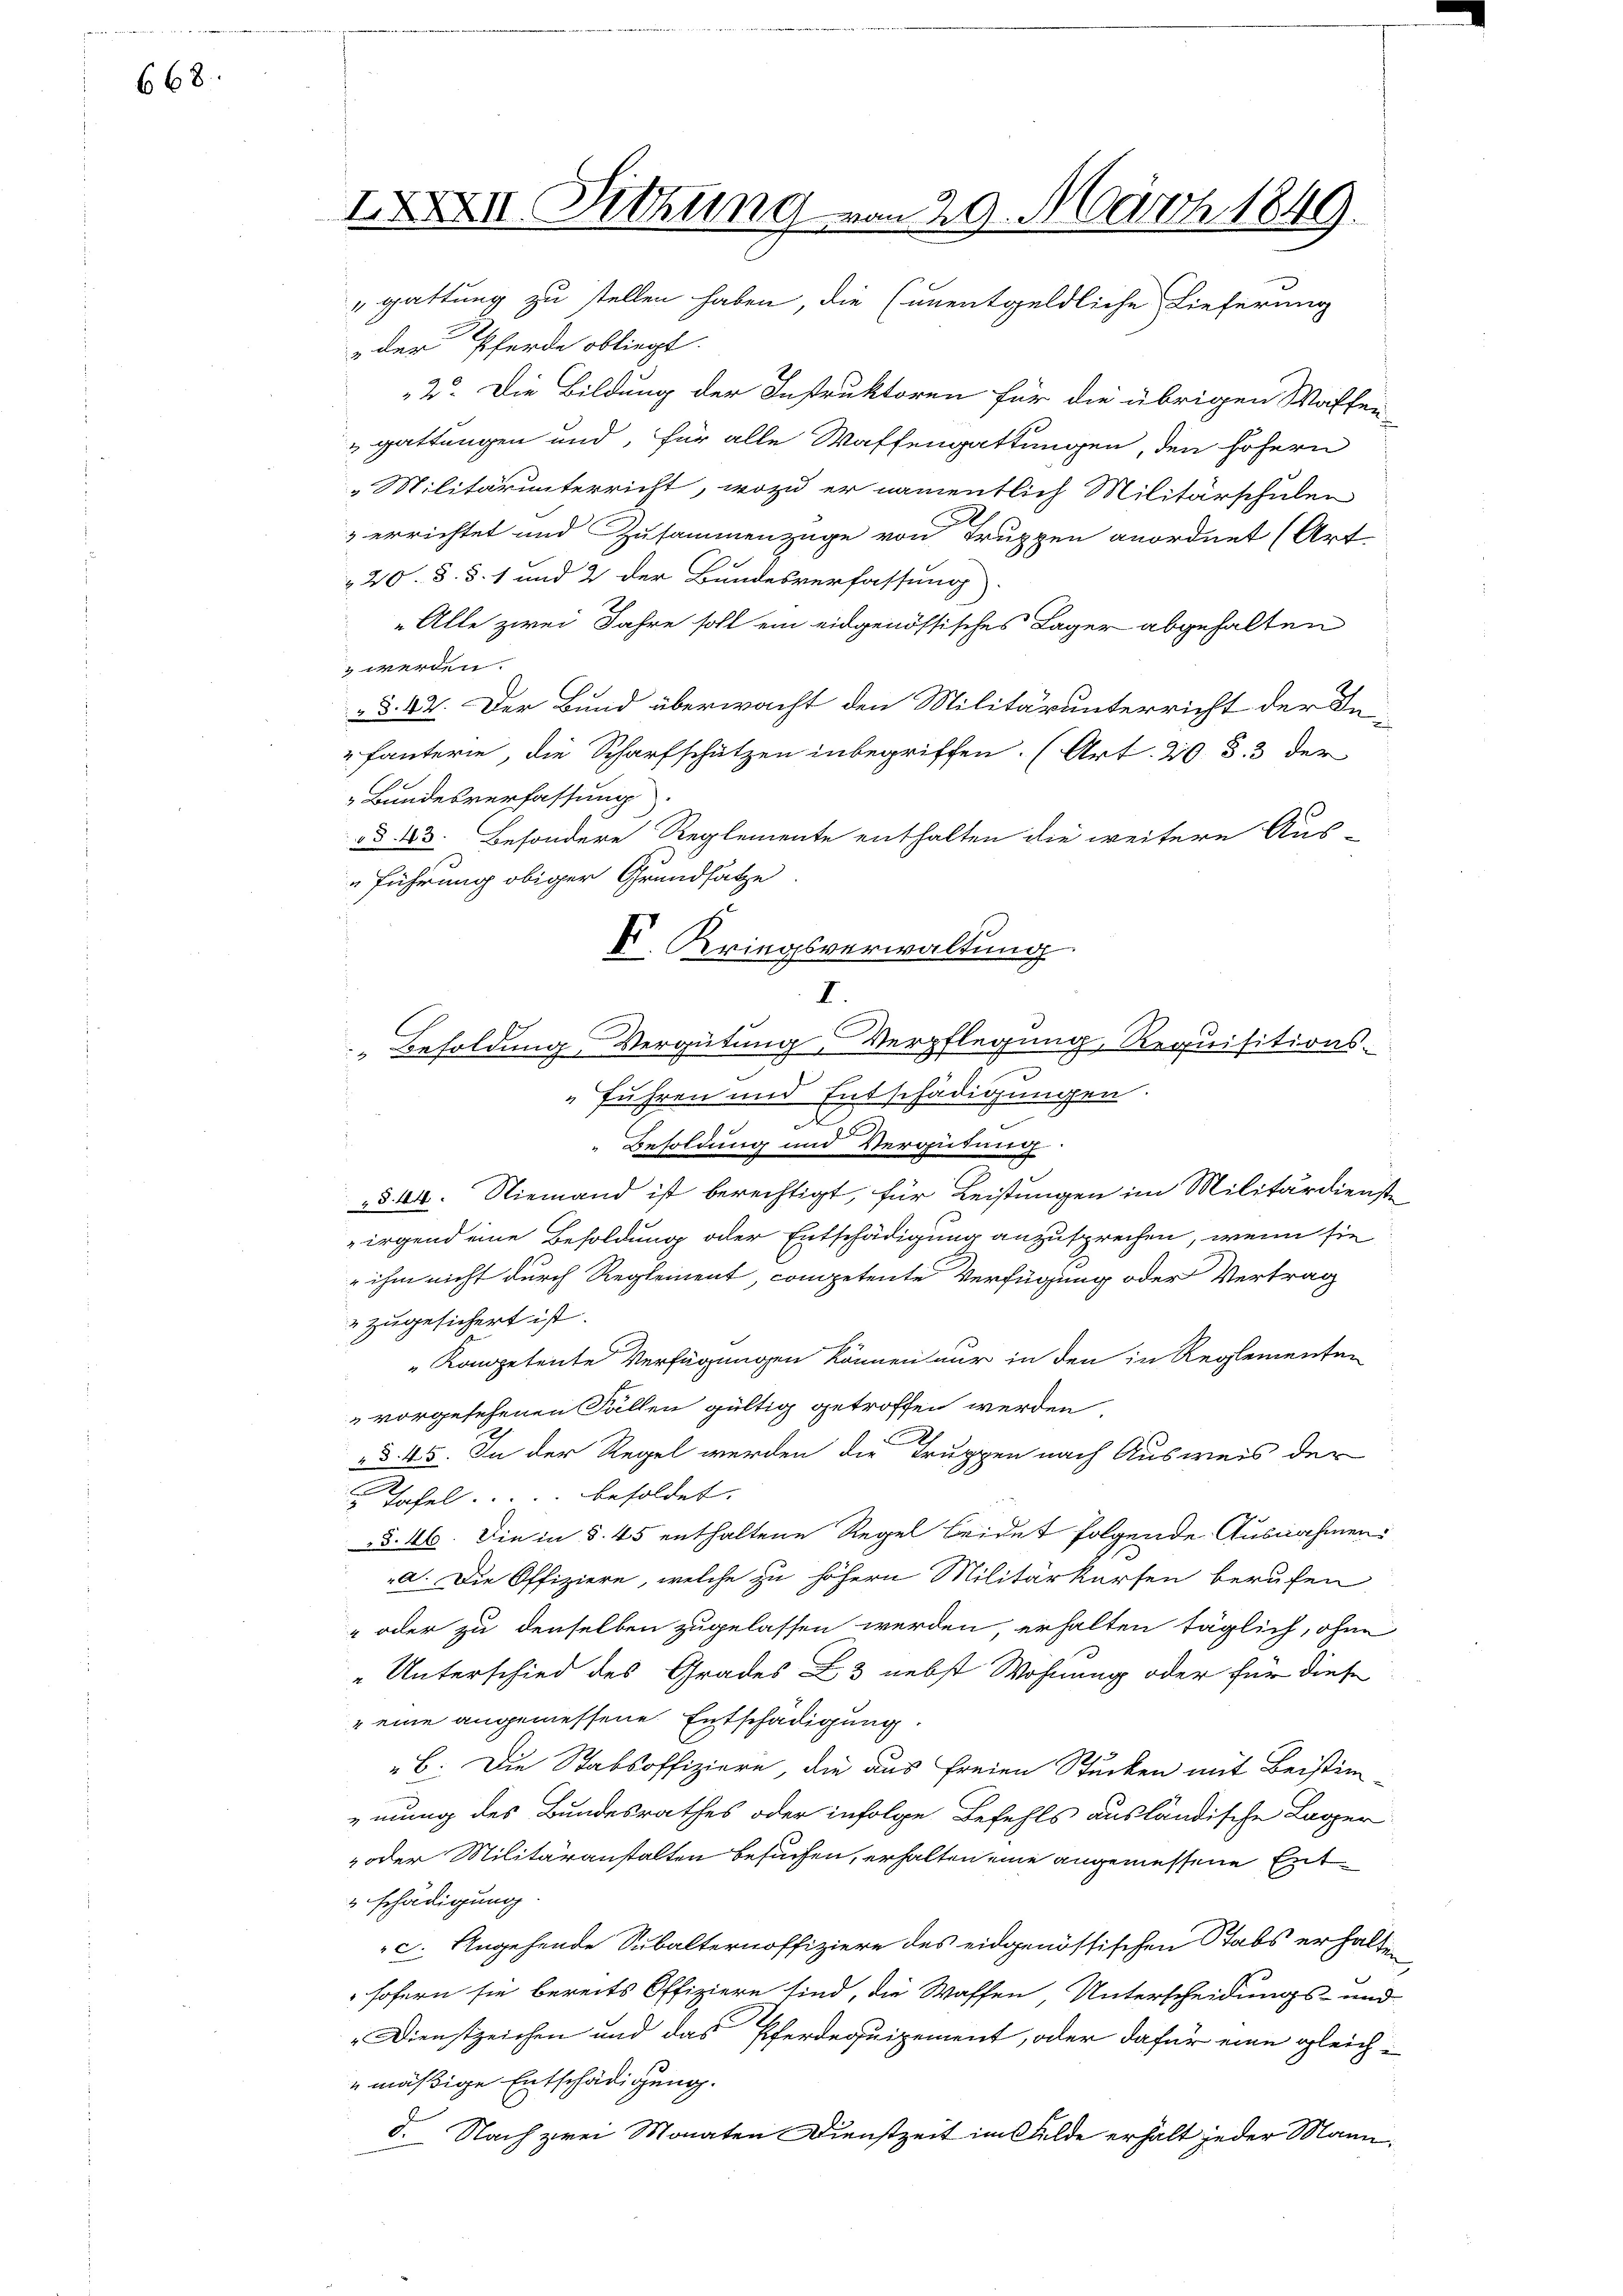
668

IXXXII. Sitzung von 29. März 1849.
gattung zu stellen haben, die (unentgeldliche Lieferung

der Pferde obliegt.
2. Die Bildung der Instruktoren für die übrigen Waffen-
gattungen und, für alle Waffengattungen, den höhern
"Militärunterricht, wozu er namentlich Militärschulen
 errichtet und Zusammenzüge von Truppen anordnet (Art
20. §. §. 1 und 2 der Bundesverfassung
„Alle zwei Jahre soll ein eidgenössisches Lager abgehalten
 werden.
d
§. 44. Der Bund überwacht den Militärunterricht der In¬
 fauterie, die Scharfschützen inbegriffen. (Art. 20. d. 3 der
„Bundesverfassung
§ 43. Besondere Reglemente enthalten die weitere Aus-
führung obiger Grundsätze
fuhren und Entschädigungen.
f
Besoldung und Vergütung.
§§ 44. Niemand ist berechtigt, für Leistungen im Militärdienste
irgend eine Besoldung oder Entschädigung anzusprechen, wenn sie
 ihm nicht durch Reglement competente Verfügung oder Vertrag
 zugesichert ist.
"Kompetente Verfügungen können nur in den in Reglementen
vorgesehenen Fällen gültig getroffen werden
2
§ 45. In der Regel werden die Truppen nach Ausweis der
 Tafel. .... besoldet. |
§. 46. Die in § 45 enthaltene Regel beidet folgende Ausnahmen
a. Die Offiziere, welche zu höhern Militärkerfen berufen
 oder zu denselben zugelassen werden, erhalten täglich, ohne
„Unterschied des Grades 23 nebst Wohnung oder für diese
" eine angemessene Entschädigung.
B. Die Stabsoffiziere, die aus freien Stücken mit Beistim-
mung des Bundesrathes oder infolge Befehls ausländische Lager
 oder Militäranstalten besuchen, erhalten eine angemessene Entschädigung.
c. Angehende Subalternoffiziere des eidgenössischen Stabs erhalt
sofern sie bereits Offiziere sind, die Waffen Unterscheidungs- und
Dienstzeichen und das Pferdequipement, oder dafür eine gleichmäßige Entschädigung.
d. Nach zwei Monaten Dienstzeit im Felde erhält jeder Mann¬

V. Kriegsverwaltung
I.
Besoldung Vergütung Verpflegung, Requisitions-